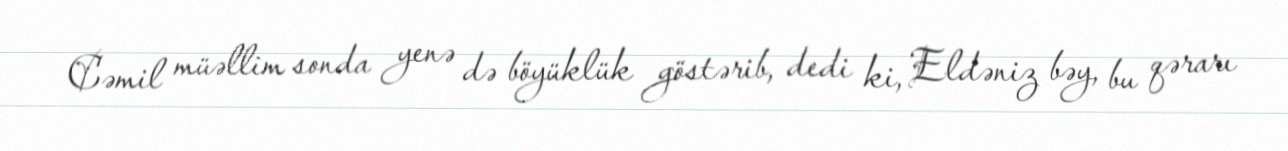
Cəmil müəllim sonda yenə də böyüklük göstərib, dedi ki, Eldəniz bəy, bu qərarı